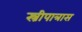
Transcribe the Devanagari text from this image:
स्त्रीपात्रास